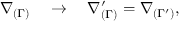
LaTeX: \nabla _ { ( \Gamma ) } \quad \rightarrow \quad \nabla _ { ( \Gamma ) } ^ { \prime } = \nabla _ { ( \Gamma ^ { \prime } ) } ,